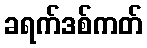
ခရက်ဒစ်ကတ်